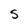
Character: S